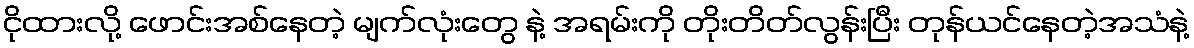
ငိုထားလို့ ဖောင်းအစ်နေတဲ့ မျက်လုံးတွေ နဲ့ အရမ်းကို တိုးတိတ်လွန်းပြီး တုန်ယင်နေတဲ့အသံနဲ့